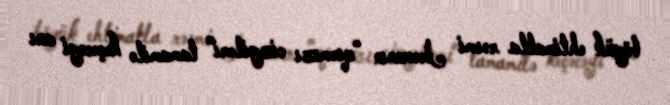
böyük ehtimalla rəsmi İrəvanın "qırmızı cizgiləri" tamamilə keçəcəyi anı